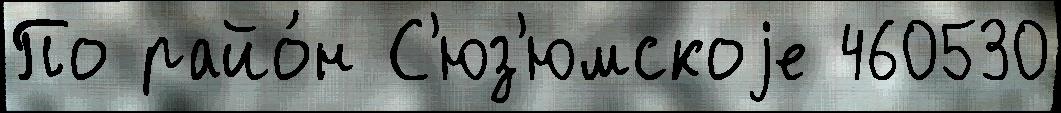
По райо́н С'юз'юмскоjе 460530